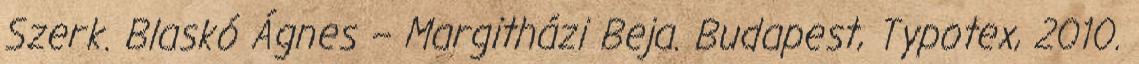
Szerk. Blaskó Ágnes – Margitházi Beja. Budapest, Typotex, 2010.